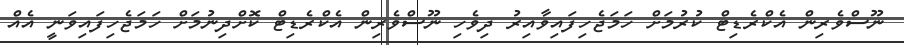
ނޫސްވެރިން އެކްރެޑިޓް ކުރުމަށް ހަމަޖެހިފައިވާއިރު ދިވެހި ނޫސްވެރިން އެކްރެޑިޓް ކޮށްދިނުމަށް ހަމަޖެހިފައިވަނީ އެއް